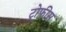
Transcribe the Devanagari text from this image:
ट्रोफीस